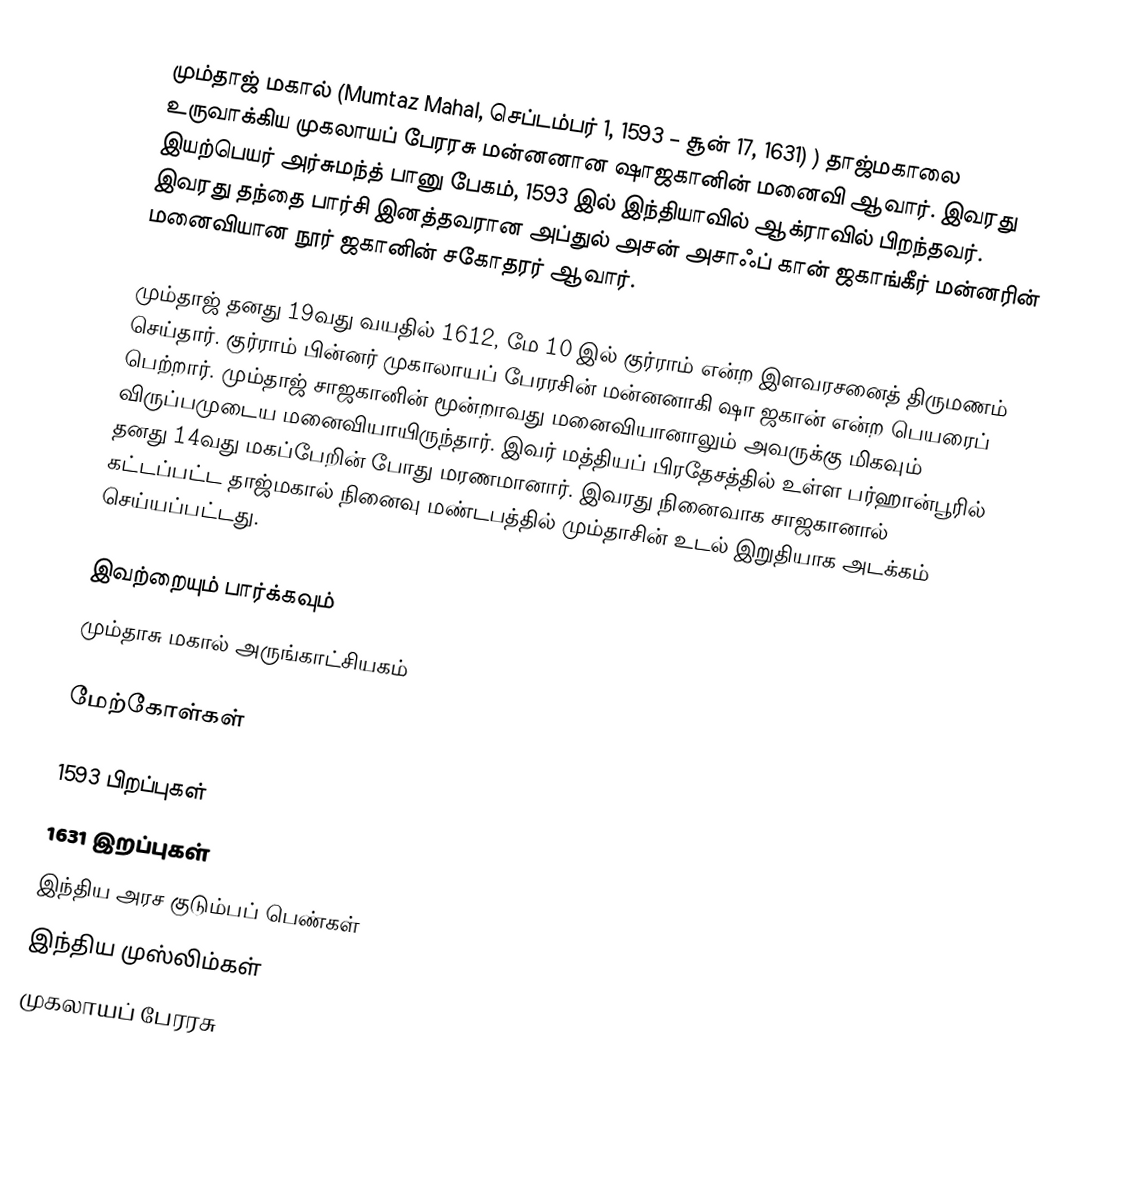
மும்தாஜ் மகால் (Mumtaz Mahal, செப்டம்பர் 1, 1593 – சூன் 17, 1631) ) தாஜ்மகாலை உருவாக்கிய முகலாயப் பேரரசு மன்னனான ஷாஜகானின் மனைவி ஆவார். இவரது இயற்பெயர் அர்சுமந்த் பானு பேகம், 1593 இல் இந்தியாவில் ஆக்ராவில் பிறந்தவர். இவரது தந்தை பார்சி இனத்தவரான அப்துல் அசன் அசாஃப் கான் ஜகாங்கீர் மன்னரின் மனைவியான நூர் ஜகானின் சகோதரர் ஆவார்.

மும்தாஜ் தனது 19வது வயதில் 1612, மே 10 இல் குர்ராம் என்ற இளவரசனைத் திருமணம் செய்தார். குர்ராம் பின்னர் முகாலாயப் பேரரசின் மன்னனாகி ஷா ஜகான் என்ற பெயரைப் பெற்றார். மும்தாஜ் சாஜகானின் மூன்றாவது மனைவியானாலும் அவருக்கு மிகவும் விருப்பமுடைய மனைவியாயிருந்தார். இவர் மத்தியப் பிரதேசத்தில் உள்ள பர்ஹான்பூரில் தனது 14வது மகப்பேறின் போது மரணமானார். இவரது நினைவாக சாஜகானால் கட்டப்பட்ட தாஜ்மகால் நினைவு மண்டபத்தில் மும்தாசின் உடல் இறுதியாக அடக்கம் செய்யப்பட்டது.

இவற்றையும் பார்க்கவும்
 மும்தாசு மகால் அருங்காட்சியகம்

மேற்கோள்கள்

1593 பிறப்புகள்
1631 இறப்புகள்
இந்திய அரச குடும்பப் பெண்கள்
இந்திய முஸ்லிம்கள்
முகலாயப் பேரரசு